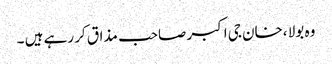
وہ بولا ،خان جی اکبر صاحب مذاق کر رہے ہیں ۔